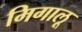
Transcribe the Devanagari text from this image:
मिगालू